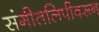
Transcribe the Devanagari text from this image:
संगीतलिपीवरून